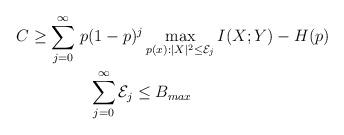
LaTeX: \begin{align*}C \geq \displaystyle\sum\limits_{j = 0}^{\infty} & \; p (1-p)^j \max_{p(x): |X|^2 \le \mathcal{E}_j} I(X; Y)- H(p) \\& \;\;\; \displaystyle\sum\limits_{j = 0}^{\infty} \mathcal{E}_j \le B_{max} \end{align*}